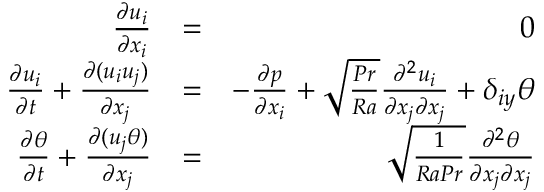
\begin{array} { r l r } { \frac { \partial u _ { i } } { \partial x _ { i } } } & { = } & { 0 } \\ { \frac { \partial u _ { i } } { \partial t } + \frac { \partial ( u _ { i } u _ { j } ) } { \partial x _ { j } } } & { = } & { - \frac { \partial p } { \partial x _ { i } } + \sqrt { \frac { P r } { R a } } \frac { \partial ^ { 2 } u _ { i } } { \partial x _ { j } \partial x _ { j } } + \delta _ { i y } \theta } \\ { \frac { \partial \theta } { \partial t } + \frac { \partial ( u _ { j } \theta ) } { \partial x _ { j } } } & { = } & { \sqrt { \frac { 1 } { R a P r } } \frac { \partial ^ { 2 } \theta } { \partial x _ { j } \partial x _ { j } } } \end{array}